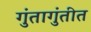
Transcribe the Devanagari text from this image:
गुंतागुंतीत